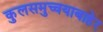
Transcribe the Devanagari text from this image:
कुलसमुच्चयाबाहेर